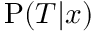
\mathrm { P } ( { \cal T } | x )